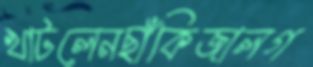
খাটলেনছাঁকিজালগ